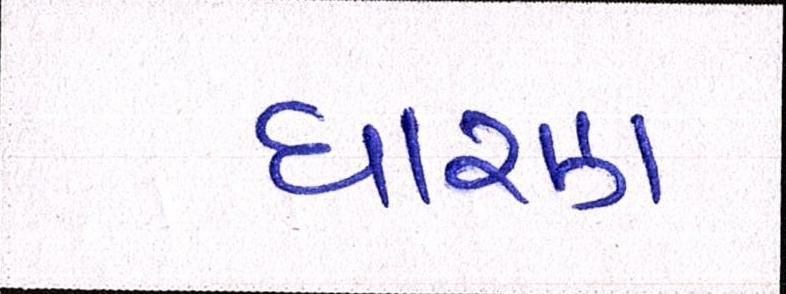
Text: ધારણ